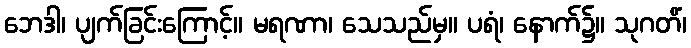
ဘေဒါ၊ ပျက်ခြင်းကြောင့်။ မရဏာ၊ သေသည်မှ။ ပရံ၊ နောက်၌။ သုဂတိံ၊